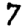
Digit: 7